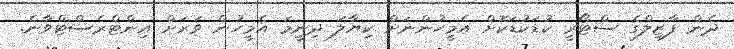
ދެން ފާޒިލްގެ ސްޓޯރީ ކުޑަކުޑަކޮށް އެމީހުންނަށް ކިޔާލަ ދިނީމަ އެމީހުން ވަރަށް އިންޓްރެސްޓްވާނެ.